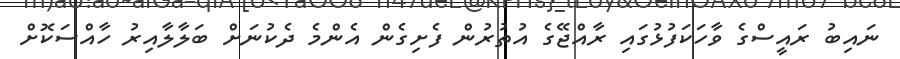
ނައިބު ރައީސްގެ ވާހަކަފުޅުގައި ރާއްޖޭގެ އުތުރުން ފެށިގެން އެންމެ ދެކުނަށް ބަލާލާއިރު ހާއްސަކޮށް